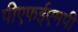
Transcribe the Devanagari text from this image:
पीएफईएमपी